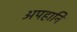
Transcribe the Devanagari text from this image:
अपहानि